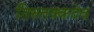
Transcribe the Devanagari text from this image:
तिरुत्तक्कदेव